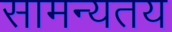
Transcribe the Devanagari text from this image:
सामन्यतय